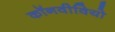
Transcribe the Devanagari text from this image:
कॉनवीवियो